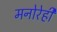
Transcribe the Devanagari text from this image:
मनोरेही